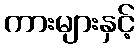
ကားများနှင့်